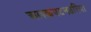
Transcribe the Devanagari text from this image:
अलकपटनउरिया